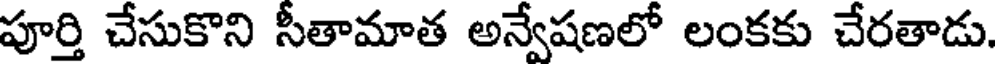
పూర్తి చేసుకొని సీతామాత అన్వేషణలో లంకకు చేరతాడు.